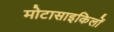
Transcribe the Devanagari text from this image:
मोटासाइकिलों